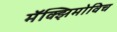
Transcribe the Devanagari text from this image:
मॅक्झिमोविच